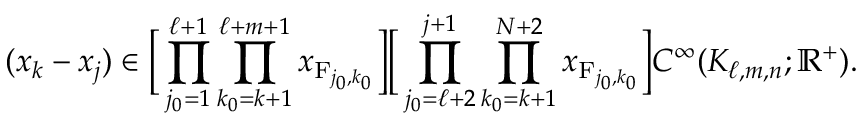
( x _ { k } - x _ { j } ) \in \Big [ \prod _ { j _ { 0 } = 1 } ^ { \ell + 1 } \prod _ { k _ { 0 } = k + 1 } ^ { \ell + m + 1 } x _ { \mathrm { F } _ { j _ { 0 } , k _ { 0 } } } \Big ] \Big [ \prod _ { j _ { 0 } = \ell + 2 } ^ { j + 1 } \prod _ { k _ { 0 } = k + 1 } ^ { N + 2 } x _ { \mathrm { F } _ { j _ { 0 } , k _ { 0 } } } \Big ] C ^ { \infty } ( K _ { \ell , m , n } ; \mathbb { R } ^ { + } ) .